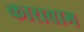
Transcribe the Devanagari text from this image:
कारावाग